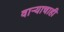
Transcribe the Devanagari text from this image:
वाऱ्याचाही